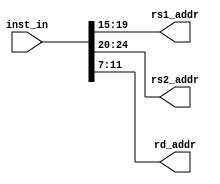
`timescale 1ns / 1ps
//////////////////////////////////////////////////////////////////////////////////
// Company: 
// Engineer: 
// 
// Design Name: 
// Module Name: inst_decode
// Project Name: 
// Target Devices: 
// Tool Versions: 
// Description: 
// 
// Dependencies: 
// 
// Revision:
// Revision 0.01 - File Created
// Additional Comments:
// 
//////////////////////////////////////////////////////////////////////////////////
`default_nettype none

module inst_decode(
    input wire [31:0] inst_in,
    output wire [4:0] rs1_addr,
    output wire [4:0] rs2_addr,
    output wire [4:0] rd_addr
    );
    
    assign rs1_addr = inst_in[19:15];
    assign rs2_addr = inst_in[24:20];
    assign rd_addr = inst_in[11:7];
    
endmodule